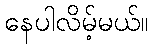
နေပါလိမ့်မယ်။